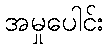
အမှုပေါင်း